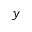
y